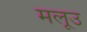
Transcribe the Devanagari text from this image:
मलूउ